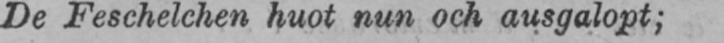
De Feschelchen huot nun och ausgalopt;